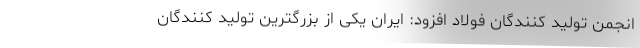
انجمن تولید کنندگان فولاد افزود: ایران یکی از بزرگترین تولید کنندگان